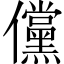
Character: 儻